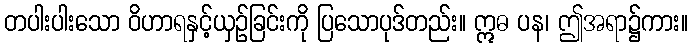
တပါးပါးသော ဝိဟာရနှင့်ယှဉ်ခြင်းကို ပြသောပုဒ်တည်း။ ဣဓ ပန၊ ဤအရာ၌ကား။